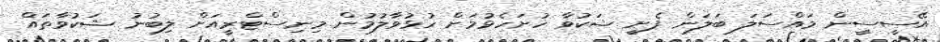
އޭސީސީން މައްސަލަ ބަލަން ފެށީ ޝަކުވާ ހުށަހެޅުމަށް ހުޅުވާލުމުން މިނިސްޓްރީއަށް ލިބުނު ޝަކުވާތައް